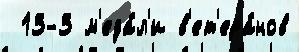
 13-3 м'еда́л'и в'ет'ера́нов